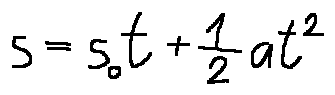
s = s _ { 0 } t + \frac { 1 } { 2 } a t ^ { 2 }